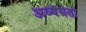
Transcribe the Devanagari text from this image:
अव्यंगता